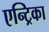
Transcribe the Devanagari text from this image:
एन्ट्रिका